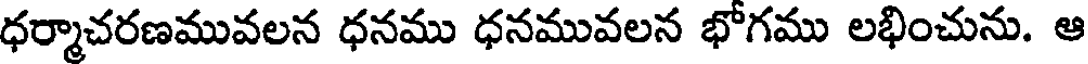
ధర్మాచరణమువలన ధనము ధనమువలన భోగము లభించును. ఆ